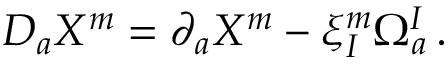
D _ { a } X ^ { m } = \partial _ { a } X ^ { m } - \xi _ { I } ^ { m } \Omega _ { a } ^ { I } \, .